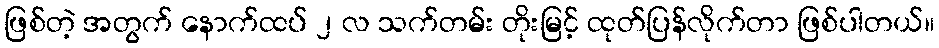
ဖြစ်တဲ့ အတွက် နောက်ထပ် ၂ လ သက်တမ်း တိုးမြင့် ထုတ်ပြန်လိုက်တာ ဖြစ်ပါတယ်။